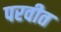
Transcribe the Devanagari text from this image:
परवीत